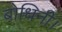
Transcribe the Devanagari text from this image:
बोधिनी।